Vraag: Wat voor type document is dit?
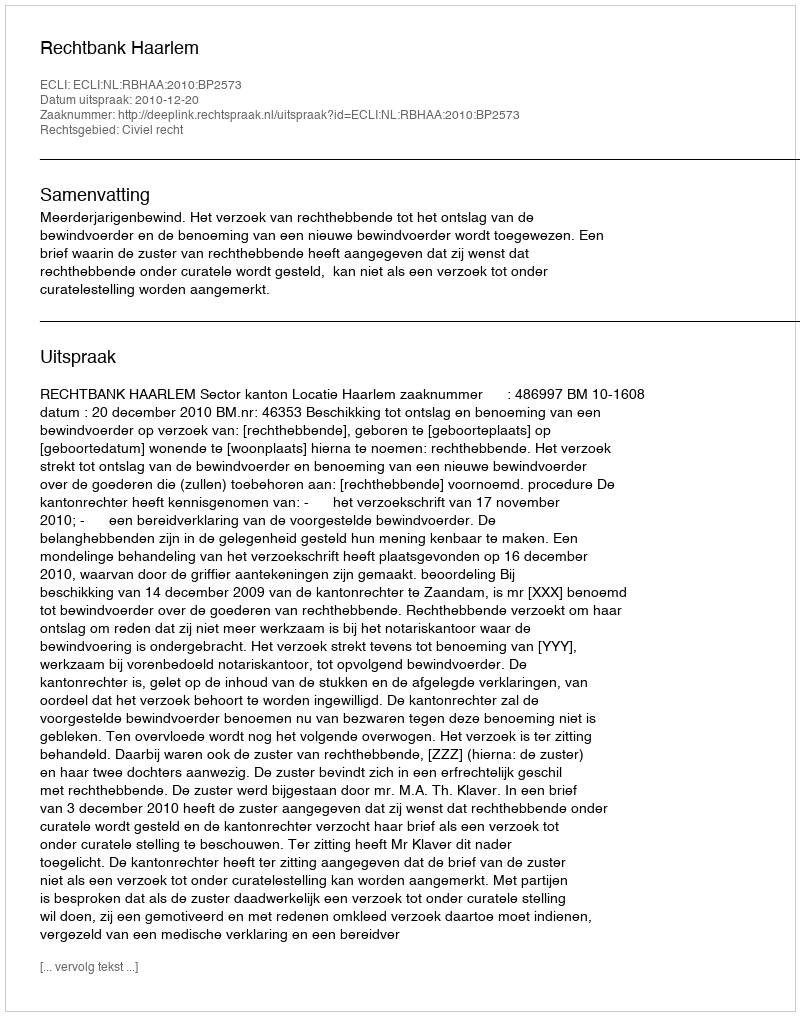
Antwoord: Uitspraak